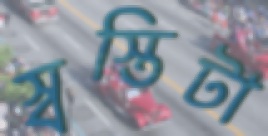
স্বস্তিটা